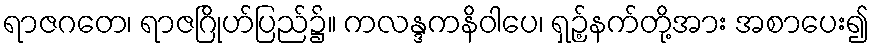
ရာဇဂတေ၊ ရာဇဂြိုဟ်ပြည်၌။ ကလန္ဒကနိဝါပေ၊ ရှဉ့်နက်တို့အား အစာပေး၍